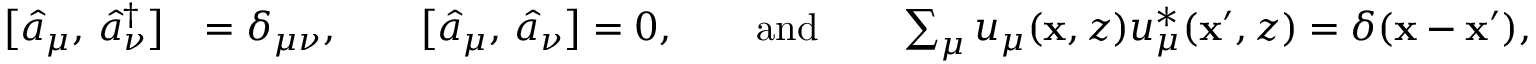
\begin{array} { r l } { \bigl [ \hat { a } _ { \mu } , \, \hat { a } _ { \nu } ^ { \dagger } \bigr ] } & { = \delta _ { \mu \nu } , \qquad \bigl [ \hat { a } _ { \mu } , \, \hat { a } _ { \nu } \bigr ] = 0 , \qquad \mathrm { a n d } \qquad \sum _ { \mu } u _ { \mu } ( \mathbf { x } , z ) u _ { \mu } ^ { * } ( \mathbf { x } ^ { \prime } , z ) = \delta ( \mathbf { x } - \mathbf { x } ^ { \prime } ) , } \end{array}